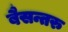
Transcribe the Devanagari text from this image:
बैसन्तरु